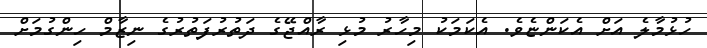
ހުޅުމާލެ އަށް އެކަންޏެވެ. އެކަމަކު މިހާރު މުޅި ރާއްޖޭގެ ދަތުރުފަތުރުގެ ނިޒާމް ހިންގުމަށް